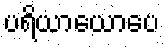
ပရိယာယောပေ